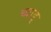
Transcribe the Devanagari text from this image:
च्वाड्